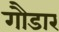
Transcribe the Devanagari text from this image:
गौडार